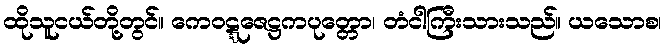
ထိုသူငယ်တို့တွင်။ ကေဝဋ္ဋဇေဋ္ဌကပုတ္တော၊ တံငါကြီးသားသည်။ ယသောစ၊